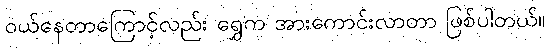
ဝယ်နေတာကြောင့်လည်း ရွှေက အားကောင်းလာတာ ဖြစ်ပါတယ်။